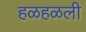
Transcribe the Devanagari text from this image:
हळहळली